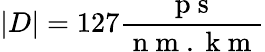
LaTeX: |D|=127\frac{\mathrm{~p~s~}}{\mathrm{~n~m~.~k~m~}}